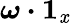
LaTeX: \boldsymbol{\omega}\boldsymbol{\cdot}\boldsymbol{1}_{\mathit{x}}